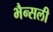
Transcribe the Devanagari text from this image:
भैन्सली